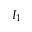
I _ { 1 }